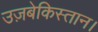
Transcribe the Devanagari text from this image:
उज़बेकिस्तान।